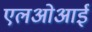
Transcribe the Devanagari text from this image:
एलओआई